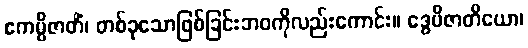
ဧကမ္ပိဇာတိံ၊ တစ်ခုသောဖြစ်ခြင်းဘဝကိုလည်းကောင်း။ ဒွေပိဇာတိယော၊